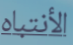
الأنتباه